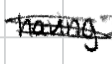
Text: having
Cross-out: scratch
Writing tool: digital_black